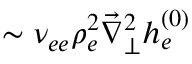
\sim \nu _ { e e } \rho _ { e } ^ { 2 } \vec { \nabla } _ { \perp } ^ { 2 } h _ { e } ^ { ( 0 ) }